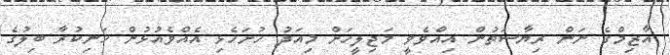
އާޒިމްގެ ނަން ރިޔާސަތުން އިއްވެވީ މަޖިލީހަށް މިއަދު ހުށަހެޅި އެއްވެއުޅުން ހަނިކުރާ ބިލުގެ